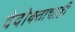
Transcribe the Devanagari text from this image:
वेदोक्ताचाही